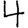
Digit: 4